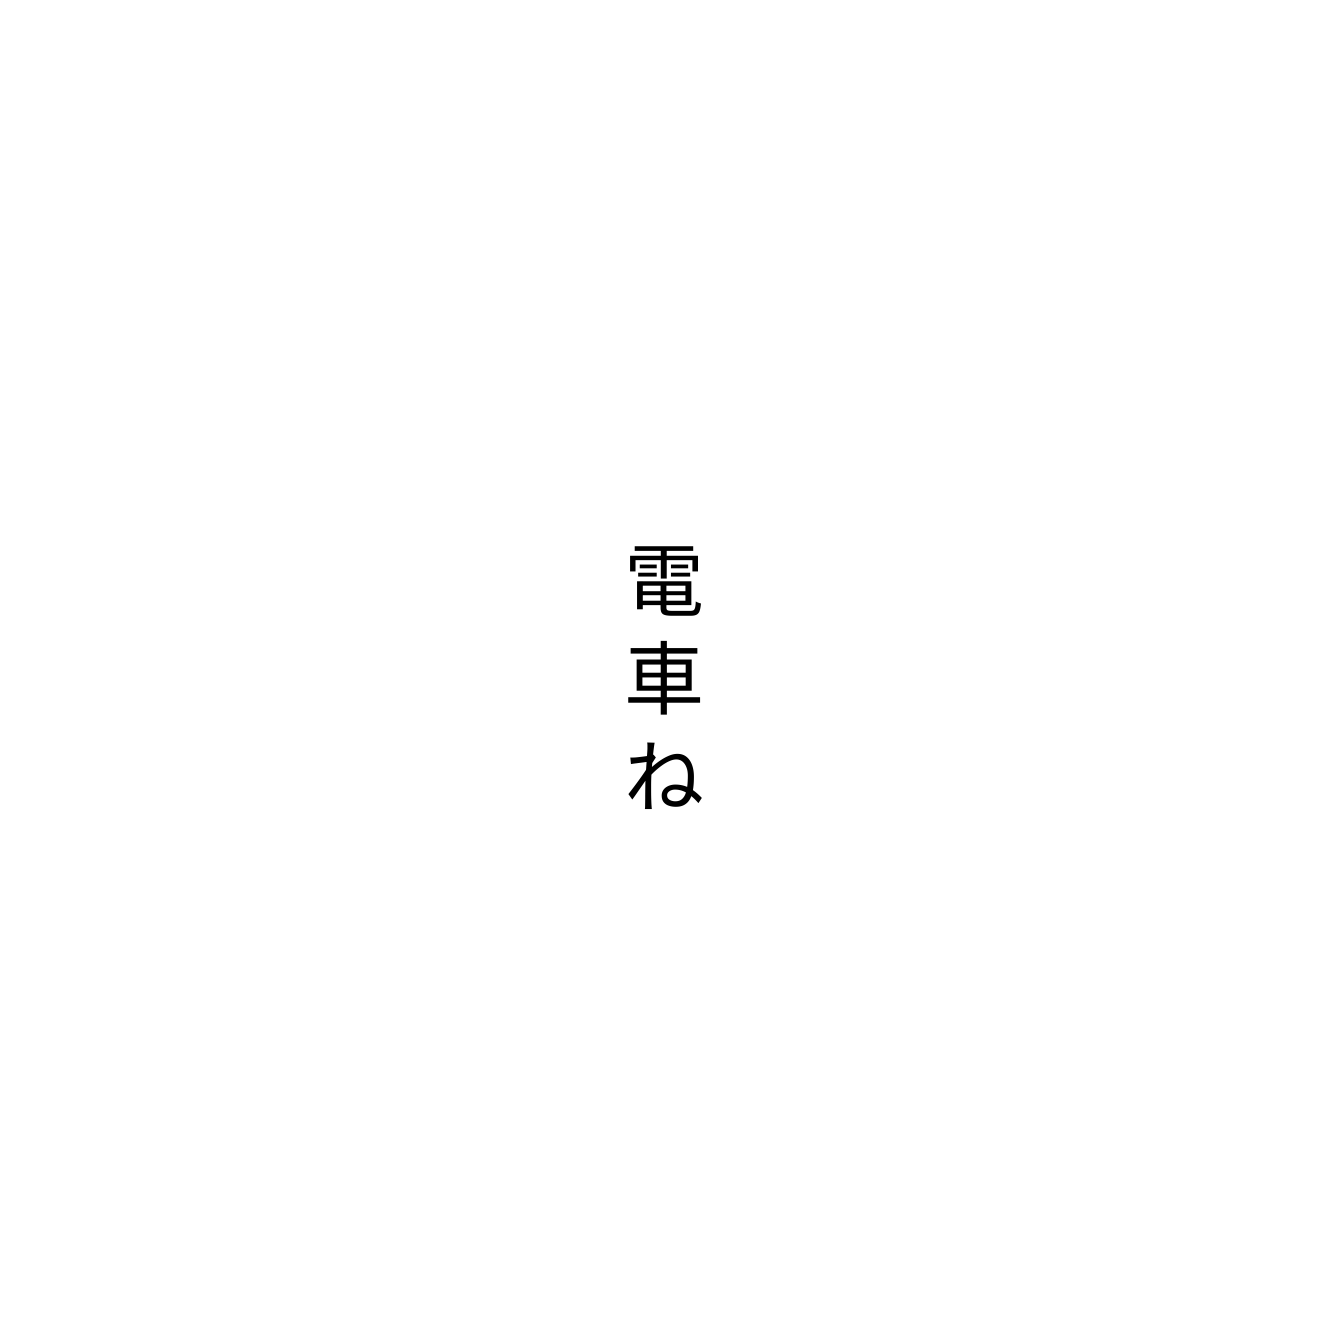
電車ね